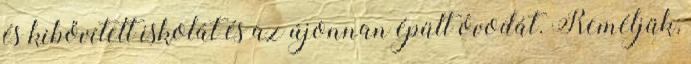
és kibővített iskolát és az újonnan épült óvodát. Reméljük,